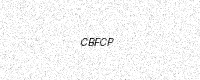
Text: CBFCP